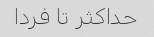
حداکثر تا فردا